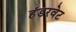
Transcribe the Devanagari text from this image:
हंडरवेट